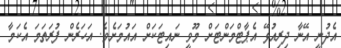
އެދުނީ އޭނާ ދިރިއުޅޭ އެޕާޓްމަންޓަށް މޫވީ ނައިޓަކަށް އައުމަށެވެ. އަހަރެން ފުރަަތަމަ އެކަމާ